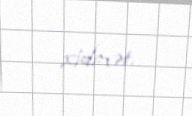
xidmət.